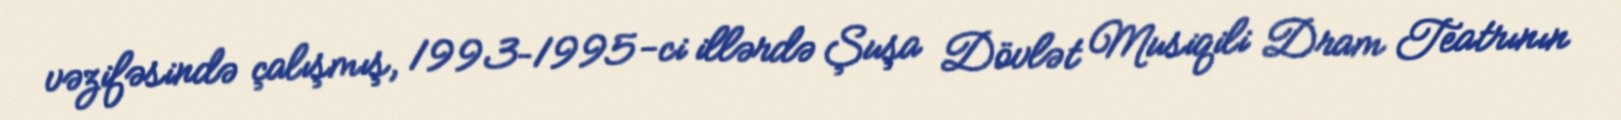
vəzifəsində çalışmış, 1993–1995-ci illərdə Şuşa Dövlət Musiqili Dram Teatrının